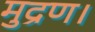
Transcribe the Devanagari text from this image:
मुद्रण।